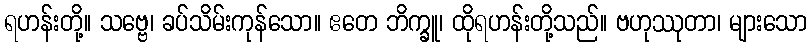
ရဟန်းတို့။ သဗ္ဗေ၊ ခပ်သိမ်းကုန်သော။ ဧတေ ဘိက္ခူ၊ ထိုရဟန်းတို့သည်။ ဗဟုဿုတာ၊ များသော